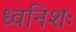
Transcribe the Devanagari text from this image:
ध्वनिशः